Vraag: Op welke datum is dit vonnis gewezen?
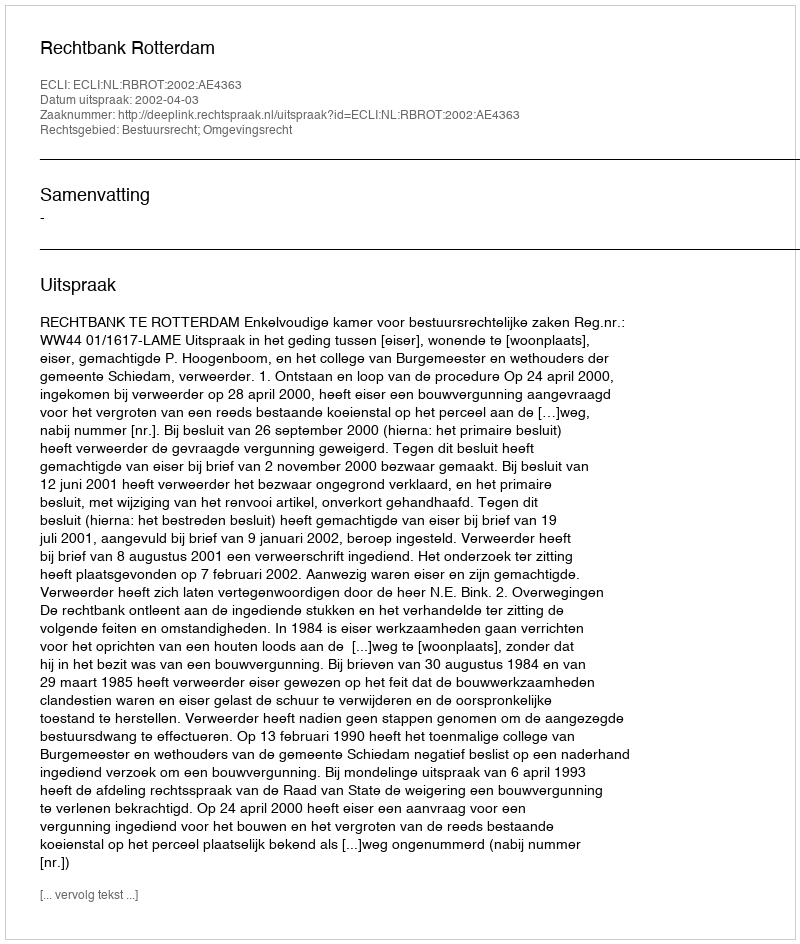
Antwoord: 2002-04-03